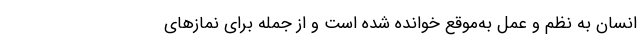
انسان به نظم و عمل به‌موقع خوانده شده است و از جمله برای نمازهای